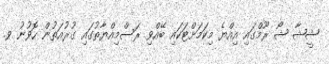
ޝީޝާ ޝޯ ރޫމްގައި އިއްޔެ މިކަމަށްޓަކައި ބޭއްވި ރަސްމިއްޔާތުގައި ގުރުއަތުން ހޮވުނު ވ.